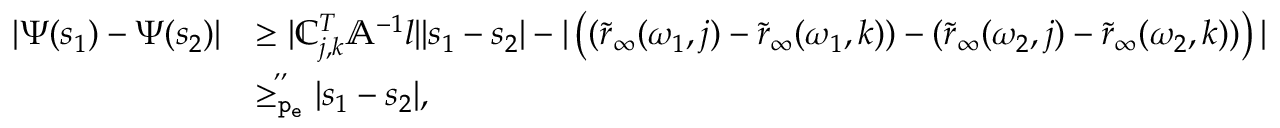
\begin{array} { r l } { | \Psi ( s _ { 1 } ) - \Psi ( { s _ { 2 } } ) | } & { \ge | \mathbb { C } _ { j , k } ^ { T } \mathbb { A } ^ { - 1 } l | | s _ { 1 } - s _ { 2 } | - | \left( ( \tilde { r } _ { \infty } ( \omega _ { 1 } , j ) - \tilde { r } _ { \infty } ( \omega _ { 1 } , k ) ) - ( \tilde { r } _ { \infty } ( \omega _ { 2 } , j ) - \tilde { r } _ { \infty } ( \omega _ { 2 } , k ) ) \right) | } \\ & { \overset { , , } { \ge _ { \mathtt { p _ { e } } } } | s _ { 1 } - s _ { 2 } | , } \end{array}